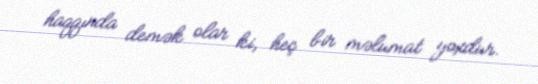
haqqında demək olar ki, heç bir məlumat yoxdur.